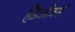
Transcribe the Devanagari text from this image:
हैंडओवर्स